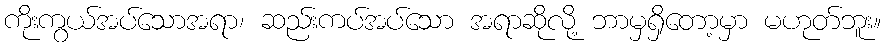
ကိုးကွယ်အပ်သောအရာ၊ ဆည်းကပ်အပ်သော အရာဆိုလို့ ဘာမှရှိတော့မှာ မဟုတ်ဘူး။